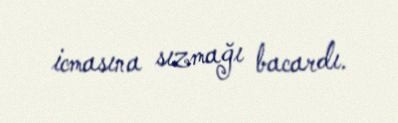
icmasına sızmağı bacardı.